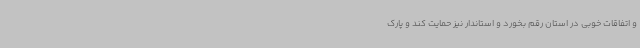
و اتفاقات خوبی در استان رقم بخورد و استاندار نیز حمایت کند و پارک